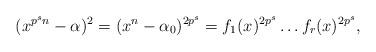
LaTeX: \begin{align*}(x^{p^sn}-\alpha)^2=(x^n-\alpha_0)^{2p^s}=f_1(x)^{2p^s}\ldots f_r(x)^{2p^s},\end{align*}